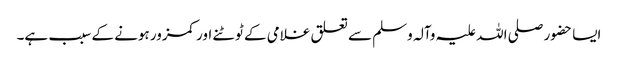
ایسا حضور صلی اللہ علیہ وآلہ وسلم سے تعلق غلامی کے ٹوٹنے اور کمزور ہونے کے سبب ہے۔